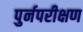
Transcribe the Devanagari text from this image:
पुर्नपरीक्षण